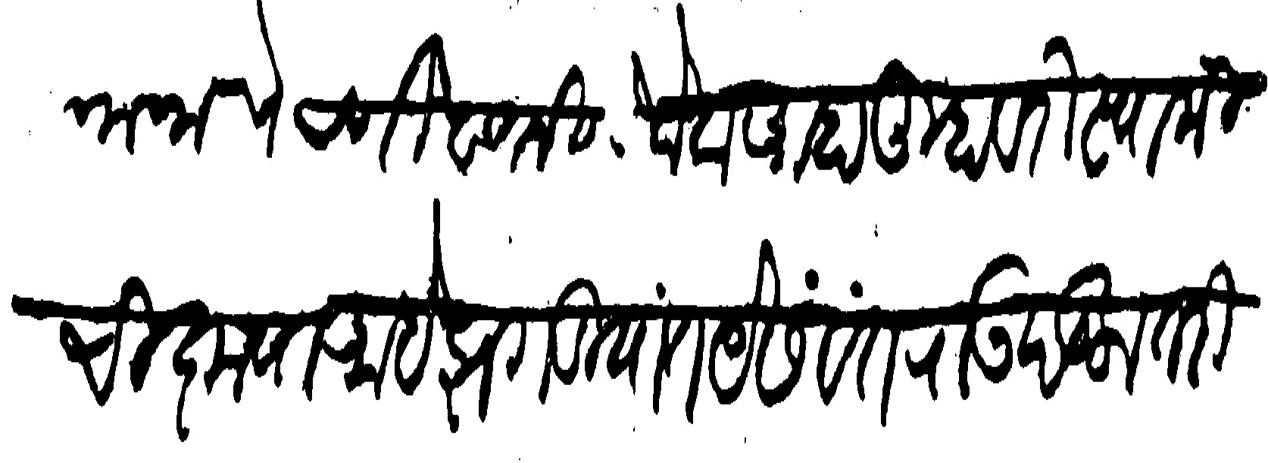
Transliteration (Devanagari): मानाचे धनी वतनी लोक आहा तुम्हावरी स्वामीची कृपा आहे झगडीयांत येसवंतराऊ पडला तरी